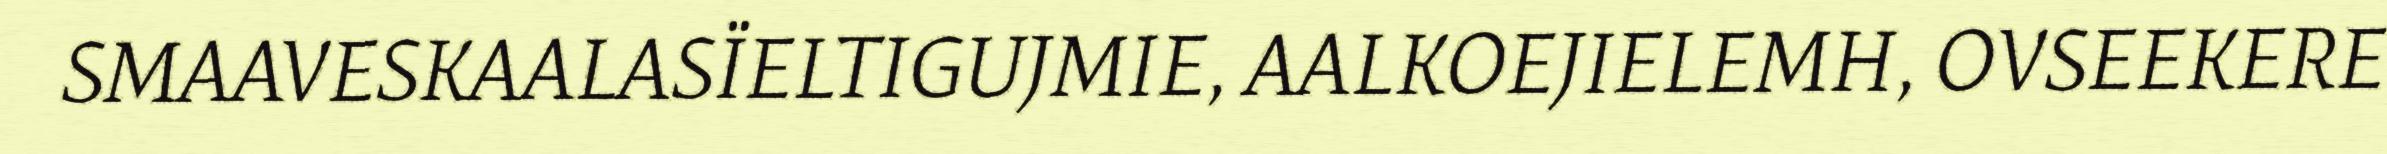
SMAAVESKAALASÏELTIGUJMIE, AALKOEJIELEMH, OVSEEKERE